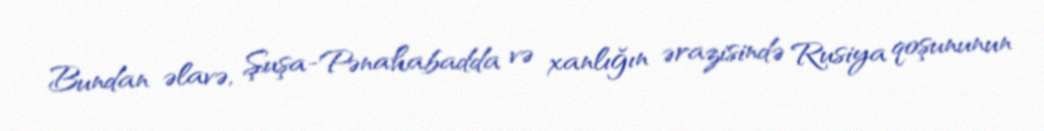
Bundan əlavə, Şuşa-Pənahabadda və xanlığın ərazisində Rusiya qoşununun